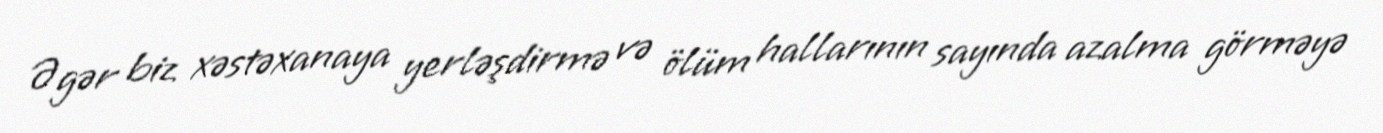
Əgər biz xəstəxanaya yerləşdirmə və ölüm hallarının sayında azalma görməyə